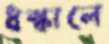
ধস্‌কালে